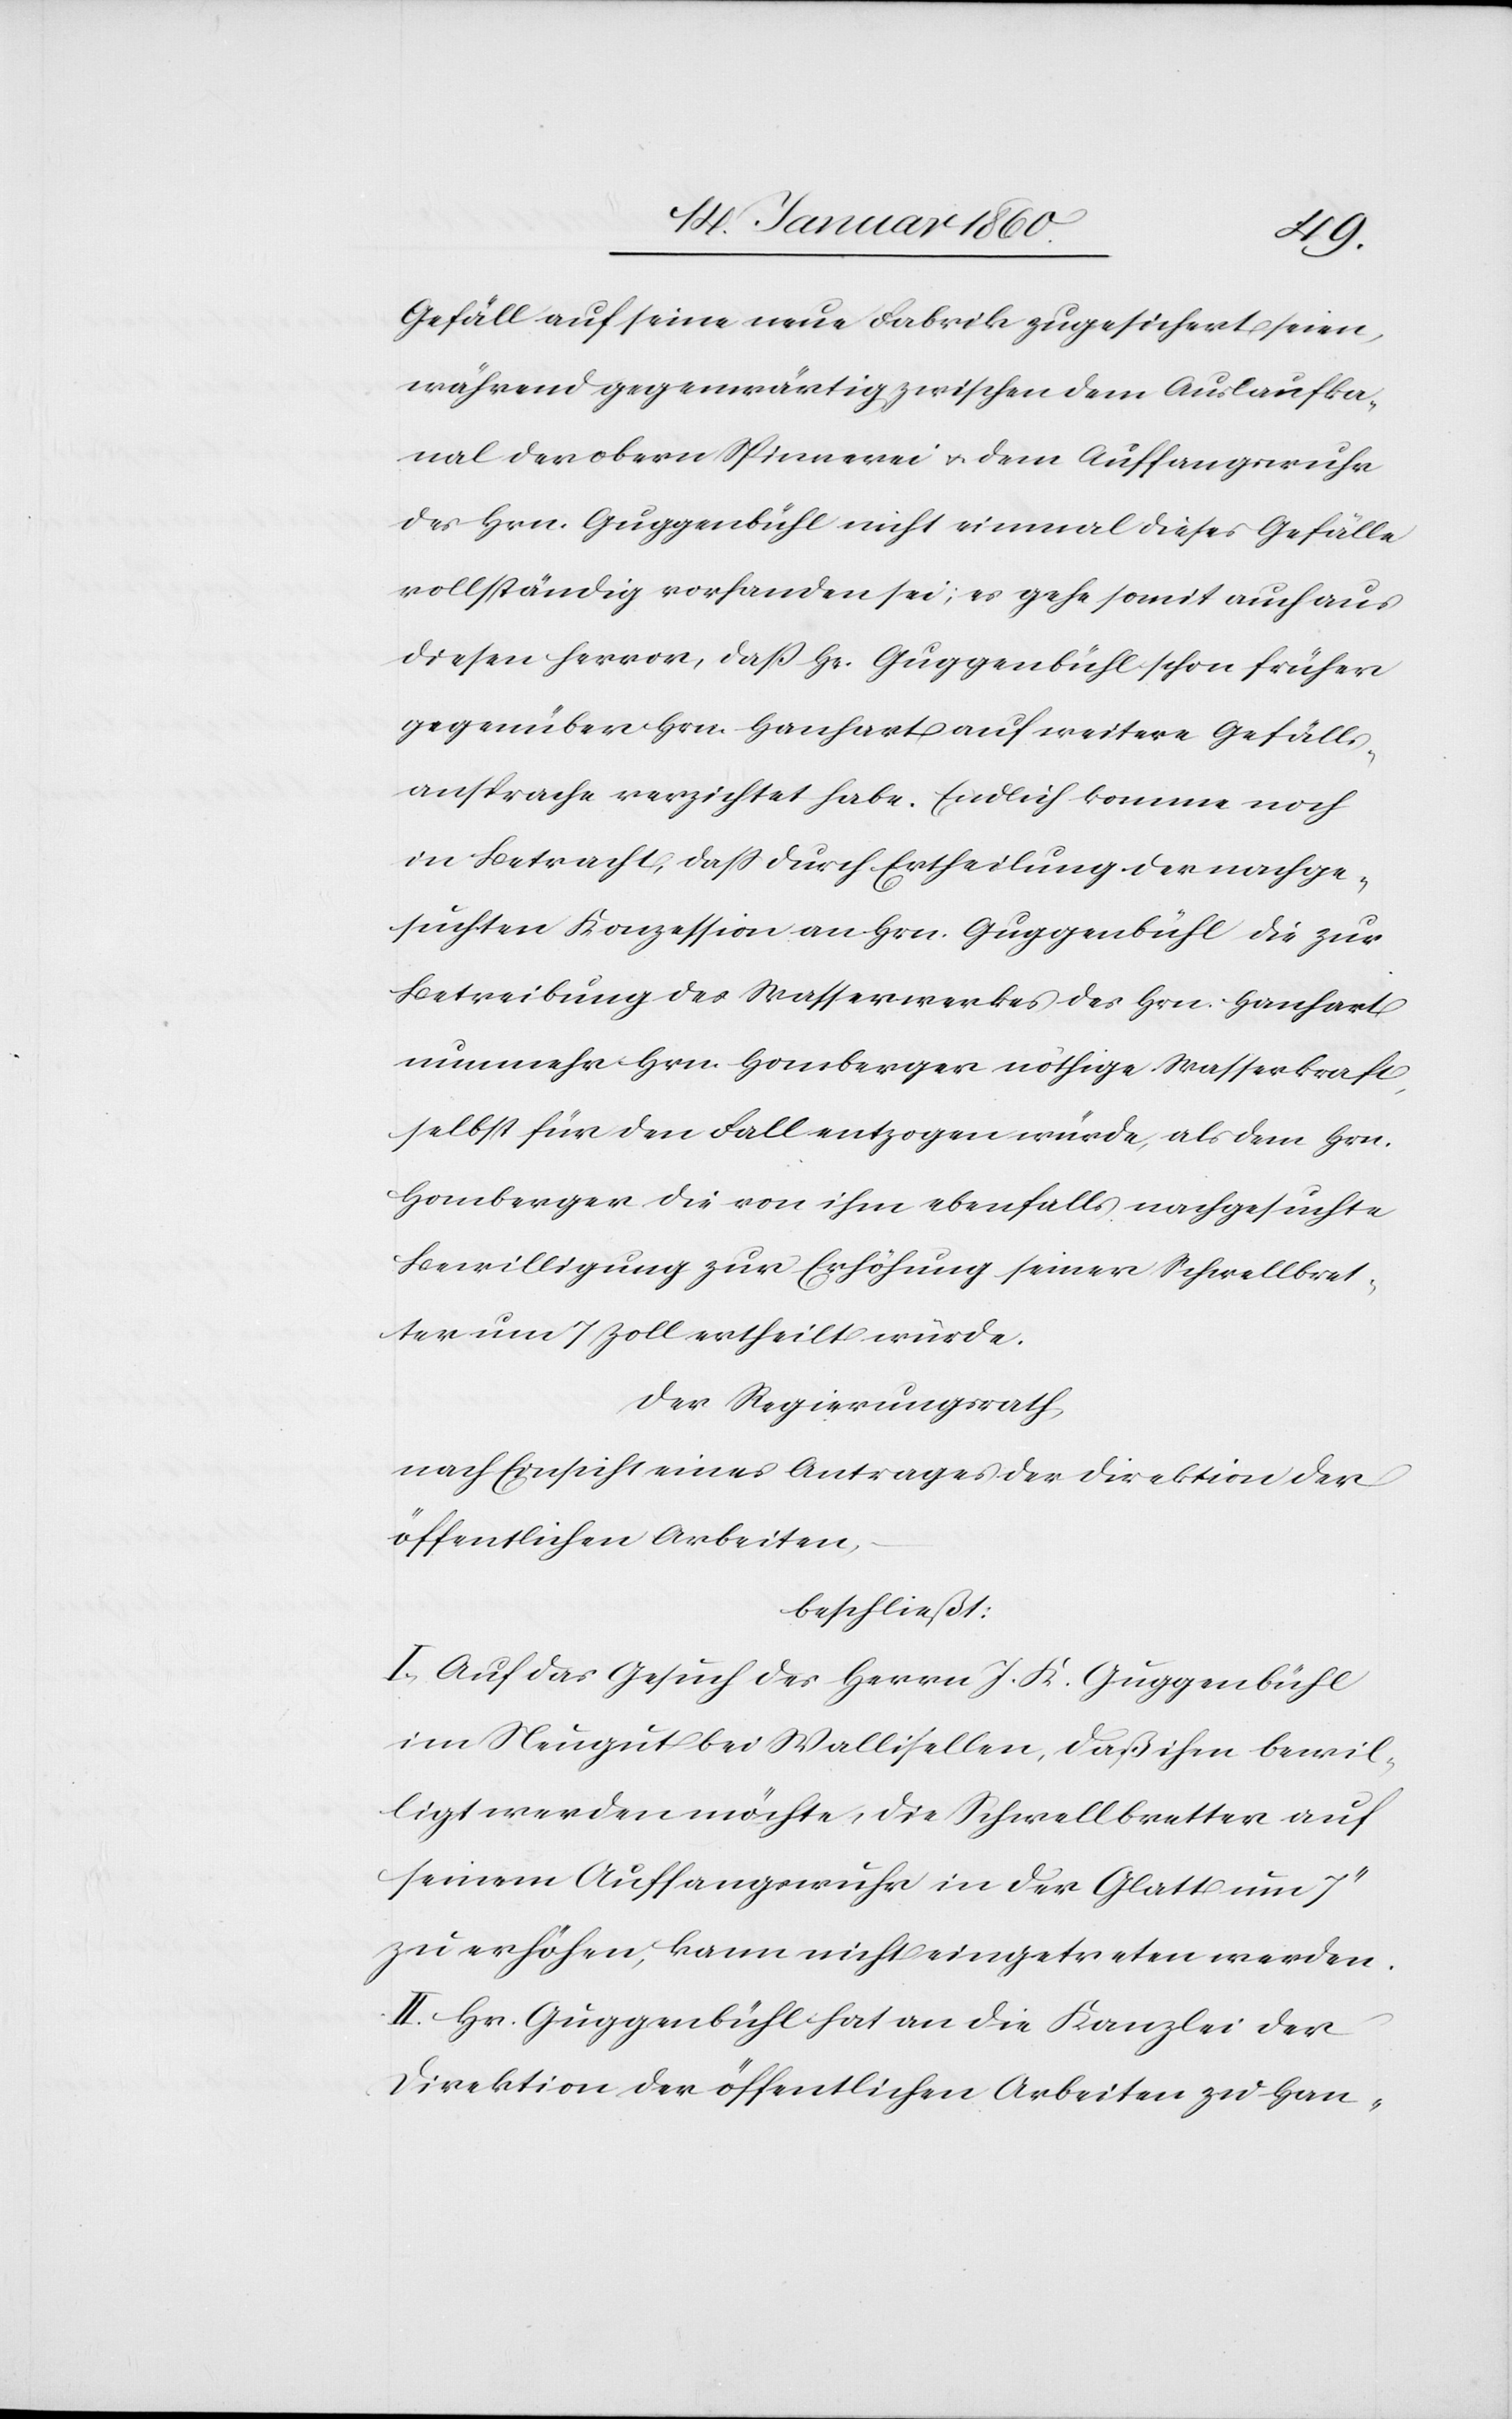
Gefäll auf seine neue Fabrik zugesichert seien,
während gegenwärtig zwischen dem Auslaufka¬
nal der obern Spinnerei u. dem Auffangwuhr
des Hrn. Guggenbühl nicht einmal dieses Gefälle
vollständig vorhanden sei; es gehe somit auch aus
diesem Hervor, daß Hr. Guggenbühl schon früher
gegenüber Hrn. Hanhart auf weitere Gefälls¬
ansprache verzichtet habe. Endlich komme noch
in Betracht, daß durch Ertheilung der nachge¬
suchten Konzession an Hrn. Guggenbühl die zur
Betreibung des Wasserwerkes des Hrn. Hanhart
nunmehr Hrn. Homberger nöthige Wasserkraft
selbst für den Fall entzogen würde, als dem Hrn.
Homberger die von ihm ebenfalls nachgesuchte
Bewilligung zur Erhöhung seiner Schwellbret¬
ter um 7 Zoll ertheilt würde.
Der Regierungsrath,
nach Einsicht eines Antrages der Direktion der
öffentlichen Arbeiten
beschließt:
I. Auf das Gesuch des Herrn J. K. Guggenbühl
im Neugut bei Wallisellen, daß ihm bewil¬
ligt werden möchte, die Schwellbretter auf
seinem Auffangwuhr in der Glatt um
zu erhöhen, kann nicht eingetreten werden.
II. Hr. Guggenbühl hat an die Kanzlei der
Direktion der öffentlichen Arbeiten zu Han-